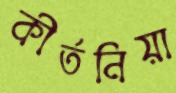
কীর্তনিয়া